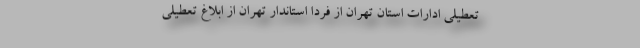
تعطیلی ادارات استان تهران از فردا استاندار تهران از ابلاغ تعطیلی